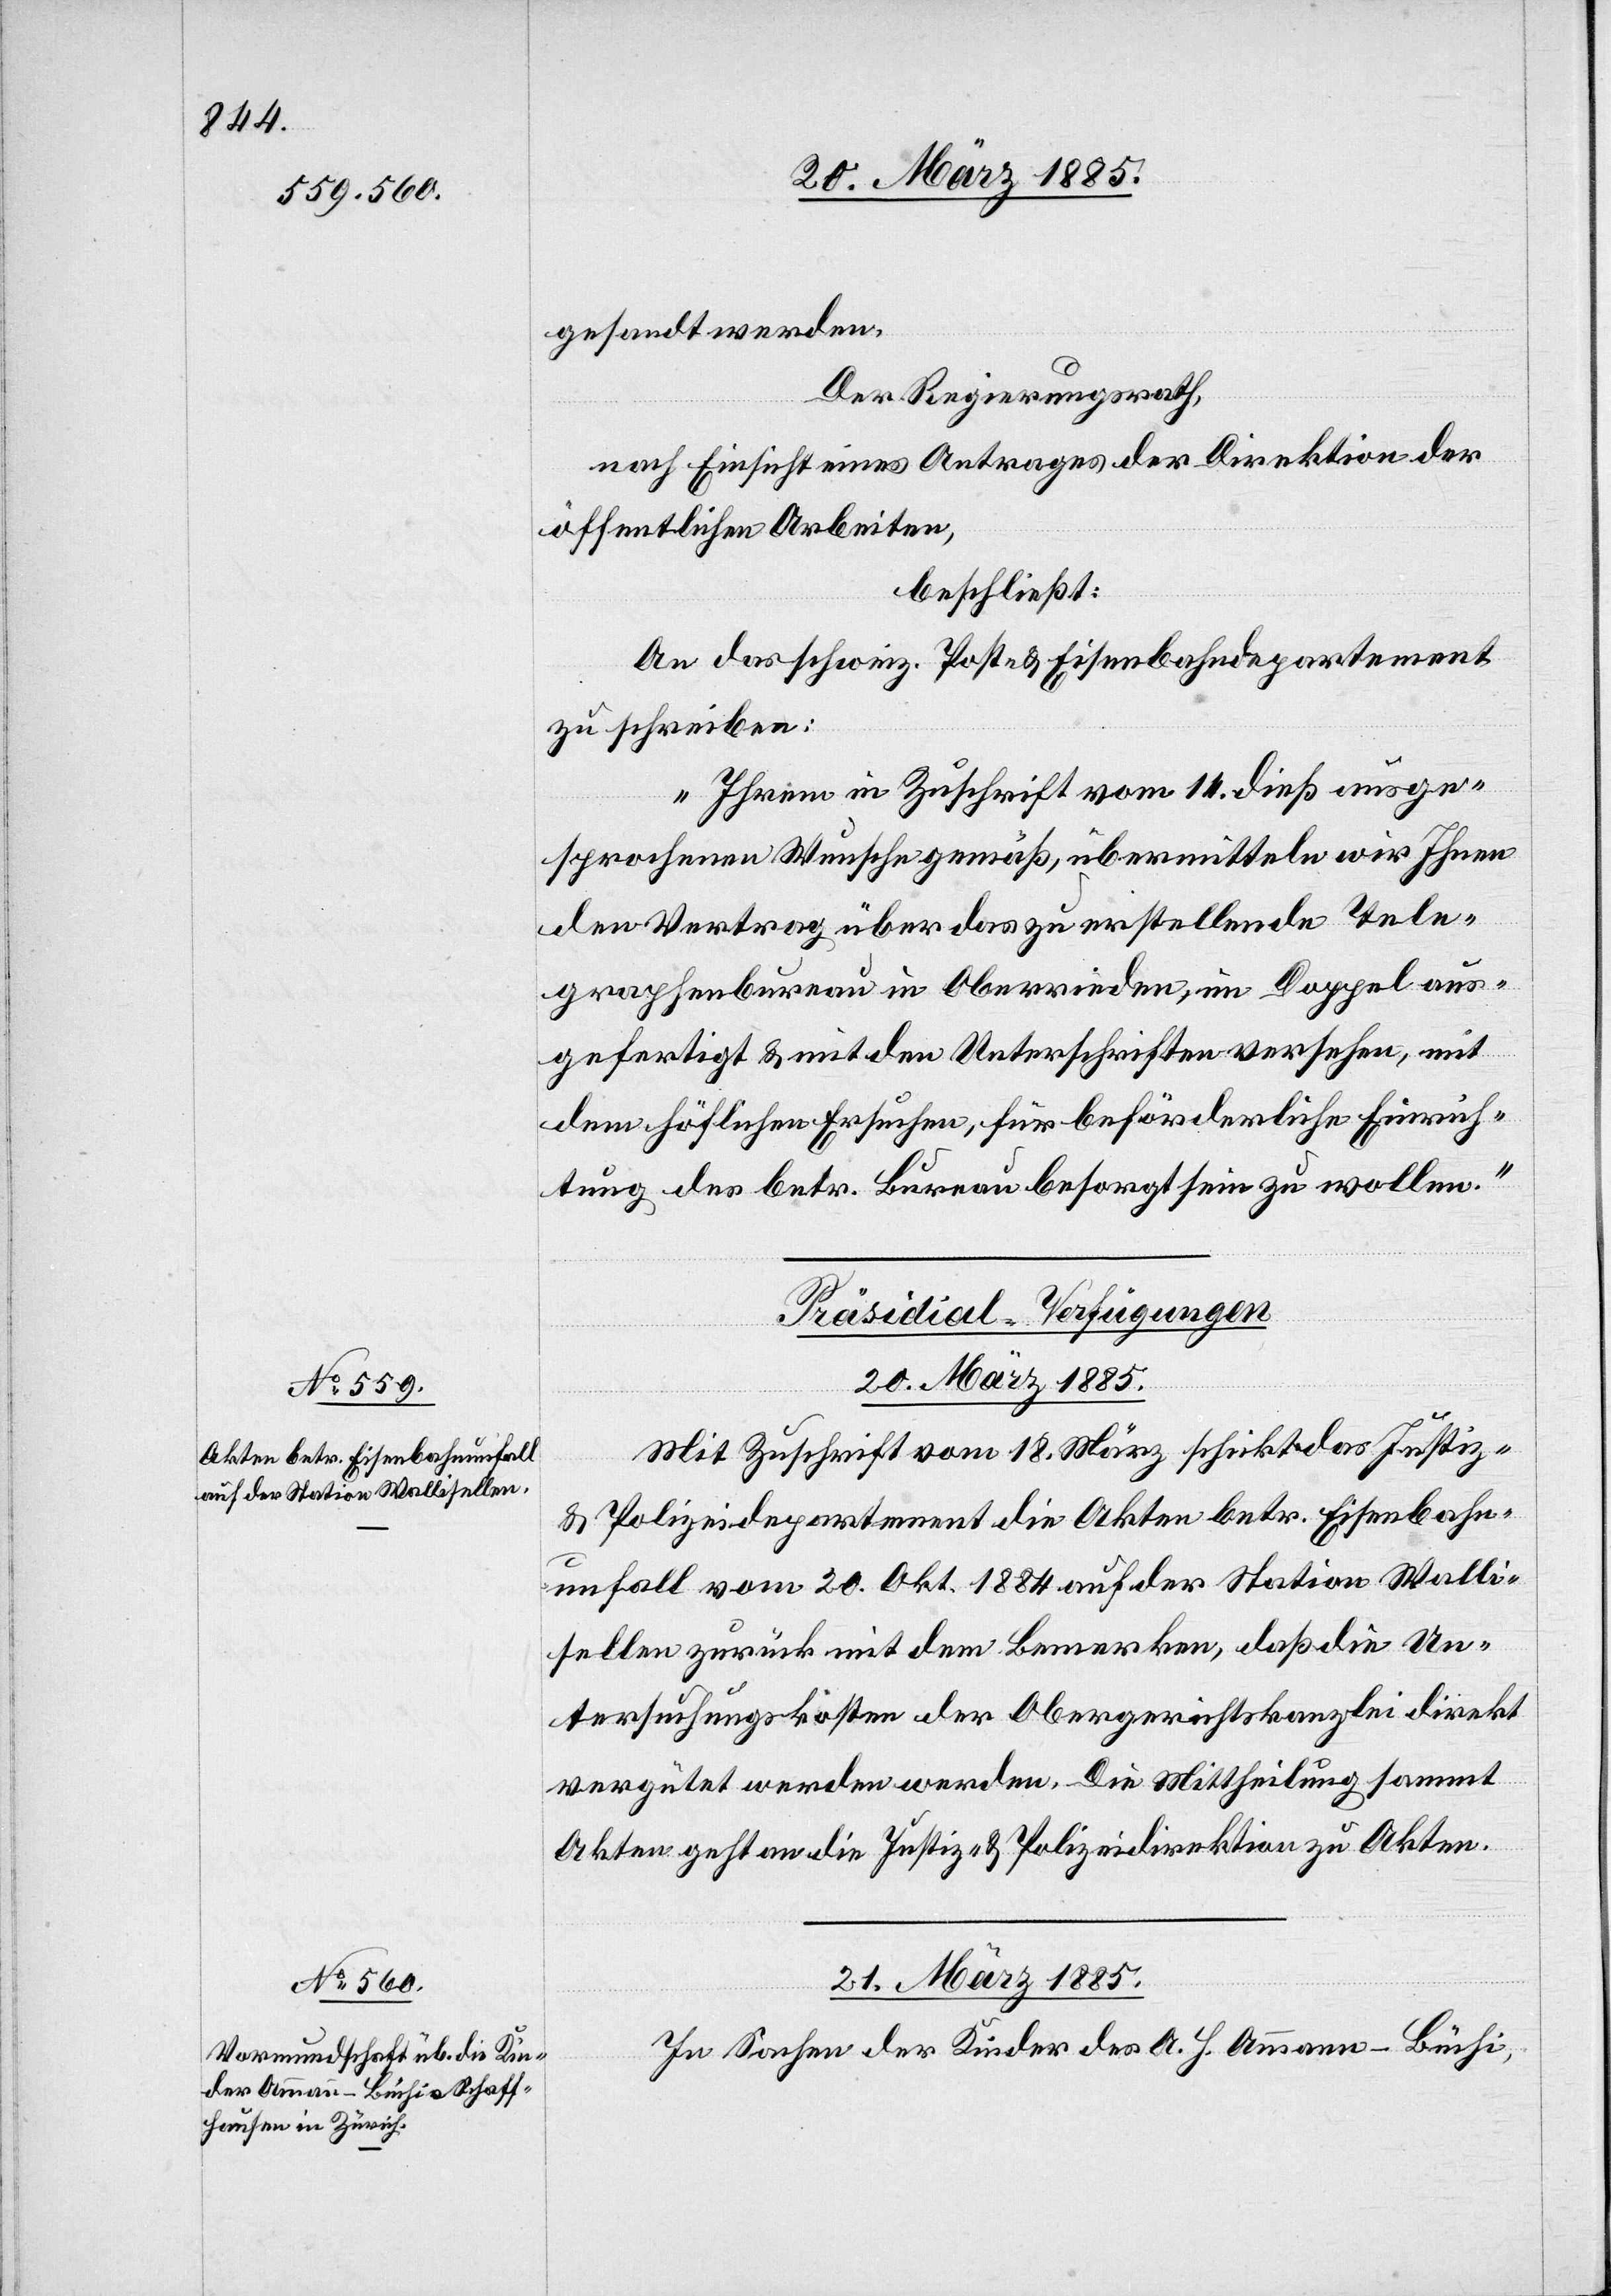
gesandt werden.
Der Regierungsrath,
nach Einsicht eines Antrages der Direktion der
öffentlichen Arbeiten,
beschließt:
„Ihrem in Zuschrift vom 14. dieß ausge¬
sprochenen Wunsche gemäß, übermitteln wir Ihnen
den Vertrag über das zu erstellende Tele¬
graphenbureau in Oberrieden, im Doppel aus¬
gefertigt & mit den Unterschriften versehen, mit
dem höflichen Ersuchen, für beförderliche Einrich¬
tung des betr. Bureau besorgt sein zu wollen.“
[Präsidial-Verfügungen]
20. März 1885.
Mit Zuschrift vom 18. März schickt das Justiz-
& Polizeidepartment die Akten betr. Eisenbahn¬
unfall vom 20. Okt. 1884 auf der Station Walli¬
sellen zurück mit dem Bemerken, daß die Un¬
tersuchungskosten der Obergerichtskanzlei direkt
vergütet werden werden [sic!]. Die Mittheilung sammt
Akten geht an die Justiz- & Polizeidirektion zu Akten.
21. März 1885.
In Sachen der Kinder des A. H. Ammann-Büchi,